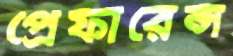
প্রেফারেন্স